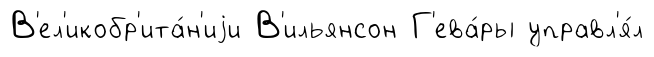
В'ел'икобр'ита́н'иjи В'ильянсон Г'ева́ры управл'я́л